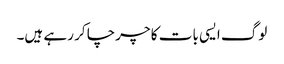
لوگ ایسی بات کا چرچا کر رہے ہیں۔